Indian journal of veterinary science and animal husbandry - Volumes 22-23, 1952-1953
Year: 1952
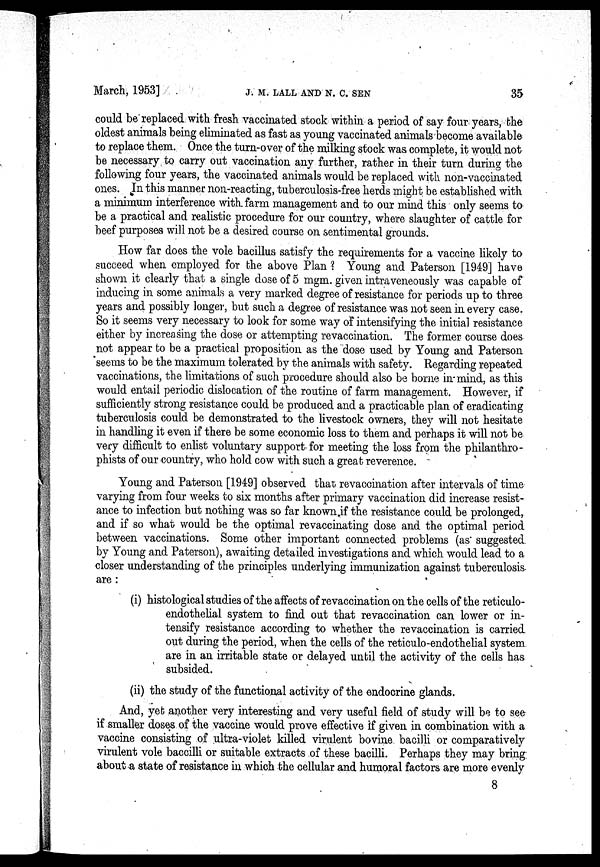
March, 1953]
J.
M.
LALL
AND
N.
C.
SEN
35
could be replaced with fresh vaccinated stock within a period of say four years, the
oldest animals being eliminated as fast as young vaccinated animals become available
to replace them. Once the turn-over of the milking stock was complete, it would not
be necessary to carry out vaccination any further, rather in their turn during the
following four years, the vaccinated animals would be replaced with non-vaccinated
ones. In this manner non-reacting, tuberculosis-free herds might be established with
a minimum interference with farm management and to our mind this only seems to
be a practical and realistic procedure for our country, where slaughter of cattle for
beef purposes will not be a desired course on sentimental grounds.
How far does the vole bacillus satisfy the requirements for a vaccine likely to
succeed when employed for the above Plan? Young and Paterson [1949] have
shown it clearly that a single dose of 5 mgm. given intraveneously was capable of
inducing in some animals a very marked degree of resistance for periods up to three
years and possibly longer, but such a degree of resistance was not seen in every case.
So it seems very necessary to look for some way of intensifying the initial resistance
either by increasing the dose or attempting revaccination. The former course does
not appear to be a practical proposition as the dose used by Young and Paterson
seems to be the maximum tolerated by the animals with safety. Regarding repeated
vaccinations, the limitations of such procedure should also be borne in-mind, as this
would entail periodic dislocation of the routine of farm management. However, if
sufficiently strong resistance could be produced and a practicable plan of eradicating
tuberculosis could be demonstrated to the livestock owners, they will not hesitate
in handling it even if there be some economic loss to them and perhaps it will not be
very difficult to enlist voluntary support for meeting the loss from the philanthro-
phists of our country, who hold cow with such a great reverence.
Young and Paterson [1949] observed that revaccination after intervals of time
varying from four weeks to six months after primary vaccination did increase resist-
ance to infection but nothing was so far known if the resistance could be prolonged,
and if so what would be the optimal revaccinating dose and the optimal period
between vaccinations. Some other important connected problems (as suggested
by Young and Paterson), awaiting detailed investigations and which would lead to a
closer understanding of the principles underlying immunization against tuberculosis
are:
(i) histological studies of the affects of revaccination on the cells of the reticulo-
endothelial system to find out that revaccination can lower or in-
tensify resistance according to whether the revaccination is carried
out during the period, when the cells of the reticulo-endothelial system
are in an irritable state or delayed until the activity of the cells has
subsided.
(ii) the study of the functional activity of the endocrine glands.
And, yet another very interesting and very useful field of study will be to see
if smaller doses of the vaccine would prove effective if given in combination with a
vaccine consisting of ultra-violet killed virulent bovine bacilli or comparatively
virulent vole baccilli or suitable extracts of these bacilli. Perhaps they may bring
about a state of resistance in which the cellular and humoral factors are more evenly
8